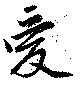
愛